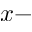
x -